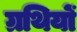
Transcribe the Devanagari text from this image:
ग्रथियों